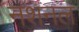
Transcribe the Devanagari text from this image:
नशनल